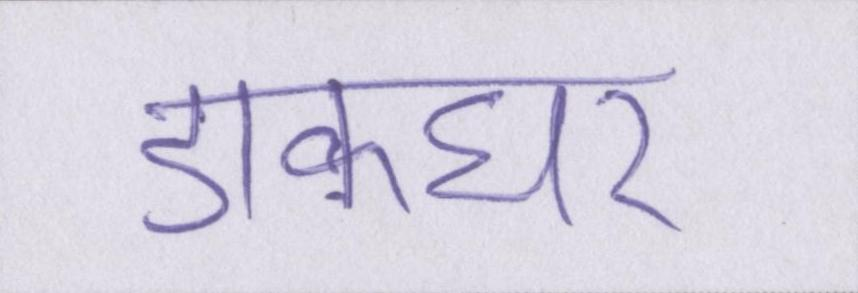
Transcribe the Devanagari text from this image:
डाकघर